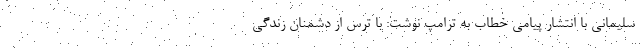
سلیمانی با انتشار پیامی خطاب به ترامپ نوشت: با ترس از دشمنان زندگی